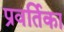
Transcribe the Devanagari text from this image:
प्रवर्तिका